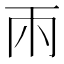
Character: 𮦄